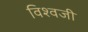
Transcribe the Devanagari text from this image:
विश्वजी